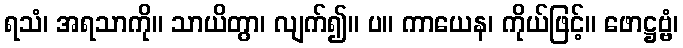
ရသံ၊ အရသာကို။ သာယိတွာ၊ လျက်၍။ ပ။ ကာယေန၊ ကိုယ်ဖြင့်။ ဖောဋ္ဌဗ္ဗံ၊